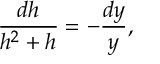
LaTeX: \frac { d h } { h ^ { 2 } + h } = - \frac { d y } { y } ,